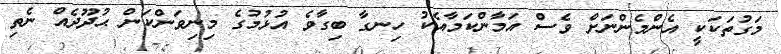
މަގުތަކަކީ އެންމެންނަށް ވެސް އަމާންކަމާއެކު ހިނގާ ބިގާވެ އުޅުމުގެ މިނިވަންކަން ޙުދޫދެއް ނެތި